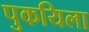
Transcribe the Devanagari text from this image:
पुकयिला